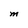
Character: M